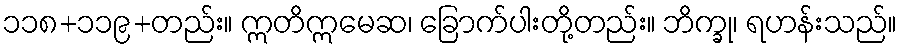
၁၁၈+၁၁၉+တည်း။ ဣတိဣမေဆ၊ ခြောက်ပါးတို့တည်း။ ဘိက္ခု၊ ရဟန်းသည်။